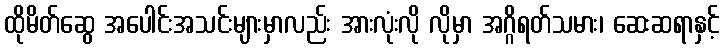
ထိုမိတ်ဆွေ အပေါင်းအသင်းများမှာလည်း အားလုံးလို လိုမှာ အဂ္ဂိရတ်သမား၊ ဆေးဆရာနှင့်